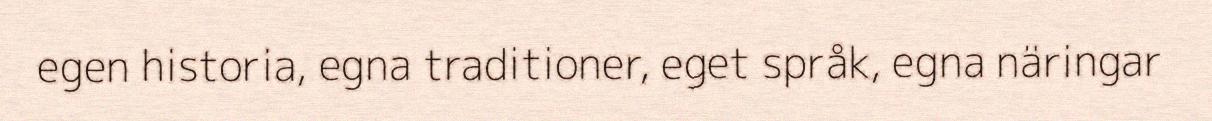
egen historia, egna traditioner, eget språk, egna näringar